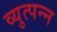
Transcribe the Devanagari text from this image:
व्युत्पन्‍न